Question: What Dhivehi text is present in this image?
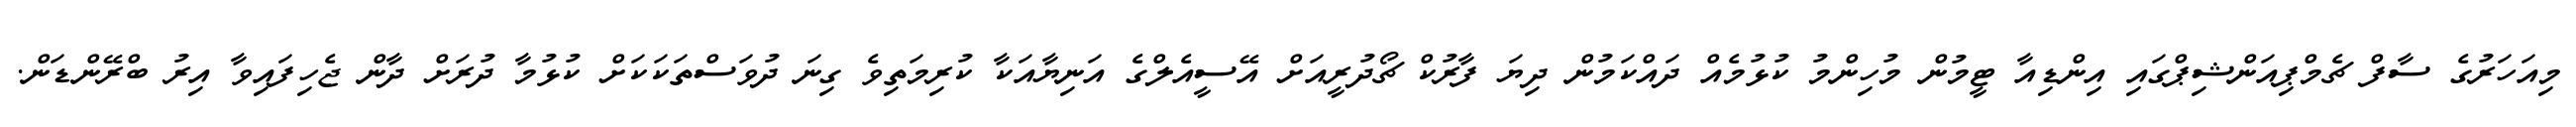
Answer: މިއަހަރުގެ ސާފް ޗެމްޕިއަންޝިޕްގައި އިންޑިއާ ޓީމުން މުހިންމު ކުޅުމެއް ދައްކަމުން ދިޔަ ފާރުކް ޗޯދުރީއަށް އޭސީއެލްގެ އަނިޔާއަކާ ކުރިމަތިވެ ގިނަ ދުވަސްތަކަކަށް ކުޅުމާ ދުރަށް ދާން ޖެހިފައިވާ އިރު ބްރޭންޑަން.